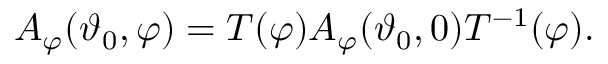
A _ { \varphi } ( \vartheta _ { 0 } , \varphi ) = T ( \varphi ) A _ { \varphi } ( \vartheta _ { 0 } , 0 ) T ^ { - 1 } ( \varphi ) .